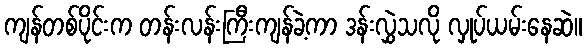
ကျန်တစ်ပိုင်းက တန်းလန်းကြီးကျန်ခဲ့ကာ ဒန်းလွှဲသလို လှုပ်ယမ်းနေဆဲ။